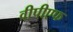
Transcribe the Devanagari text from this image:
वीपीएफ